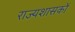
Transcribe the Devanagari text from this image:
राज्यशासकों